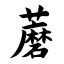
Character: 蘑